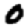
Digit: 0